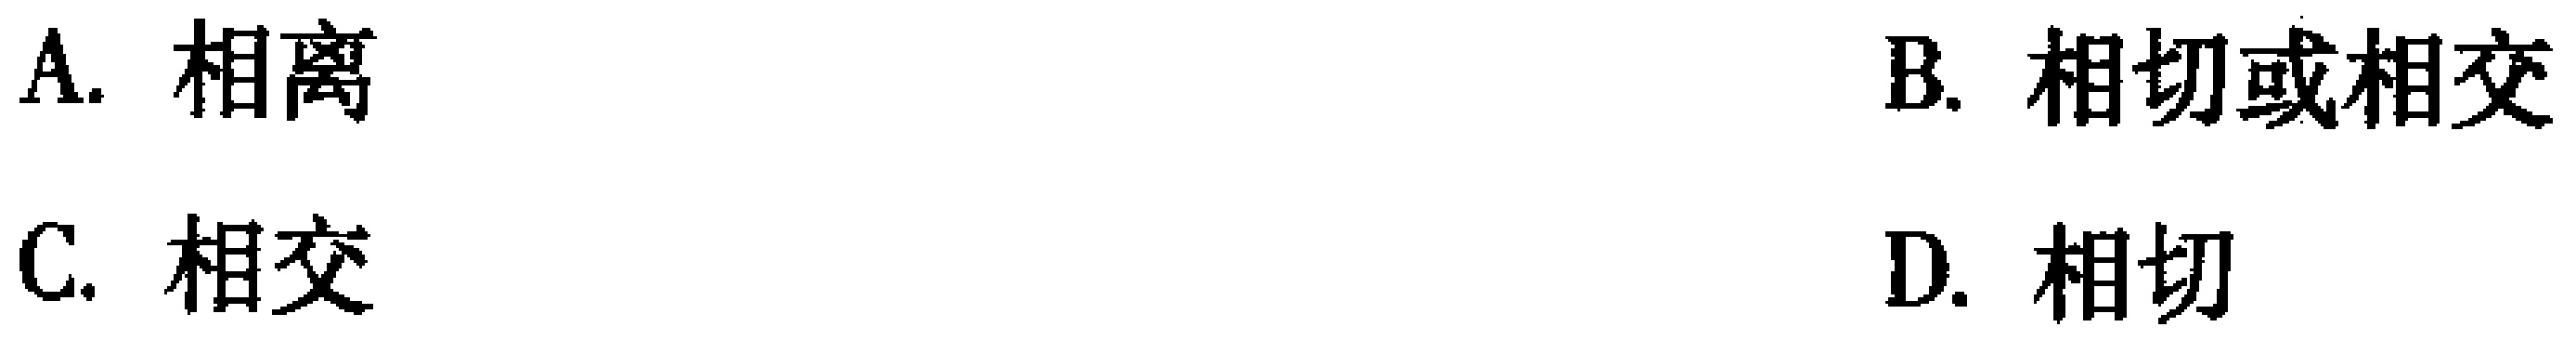
A. 相离
B. 相切或相交
C. 相交
D. 相切